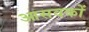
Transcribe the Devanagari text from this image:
आसवकों